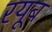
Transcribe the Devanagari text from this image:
रयूब